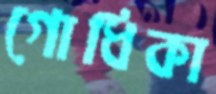
গোধিকা